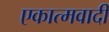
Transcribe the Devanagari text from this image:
एकात्मवादी